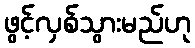
ဖွင့်လှစ်သွားမည်ဟု